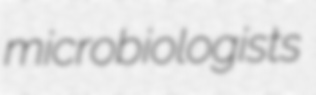
microbiologists